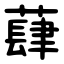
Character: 蕼